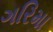
ગરિમા